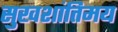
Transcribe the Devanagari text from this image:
सुखशांतिमय